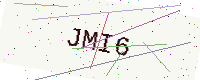
Text: JMI6